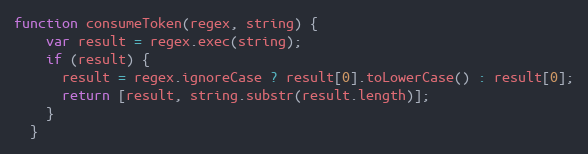
Language: JavaScript
function consumeToken(regex, string) {
    var result = regex.exec(string);
    if (result) {
      result = regex.ignoreCase ? result[0].toLowerCase() : result[0];
      return [result, string.substr(result.length)];
    }
  }